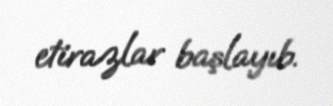
etirazlar başlayıb.